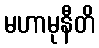
မဟာမုနီတိ